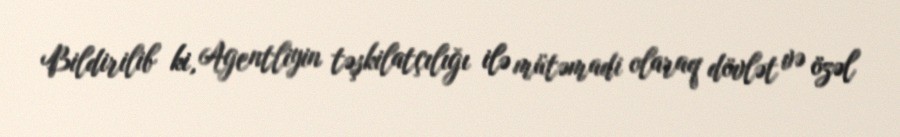
Bildirilib ki, Agentliyin təşkilatçılığı ilə mütəmadi olaraq dövlət və özəl